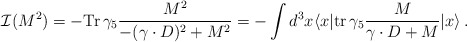
\begin{align*}{\cal I}(M^2) = -{\rm Tr} \, \gamma_5 {M^2 \over -(\gamma\cdot D)^2 +M^2} = - \int d^3x \langle x|{\rm tr}\, \gamma_5 {M\over \gamma\cdot D + M} | x \rangle \, .\end{align*}